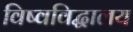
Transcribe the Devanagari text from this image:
विष्वविद्धालय